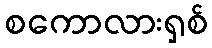
စကောလားရှစ်